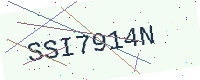
Text: SSI7914N